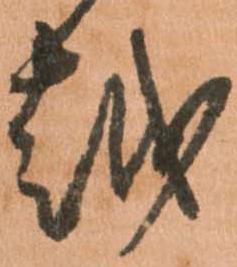
越